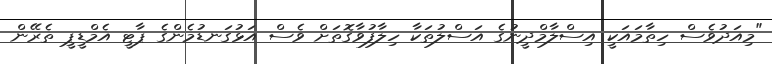
"މިއަދުވެސް ހިތާމައަކީ އިސްލާމްދީނުގެ އަސްލުތަކާ ހިލާފުވާގޮތަށް ވެސް އަޅުގަނޑުމެންގެ ޕާޓީ އެމްޑީޕީ ތެރޭން